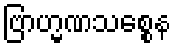
ဗြာဟ္မဏသစ္စေန